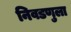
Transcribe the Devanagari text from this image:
निवडणुला